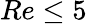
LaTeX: Re\le 5